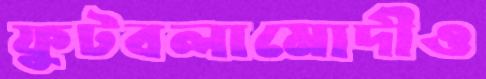
ফুটবলামোদীও